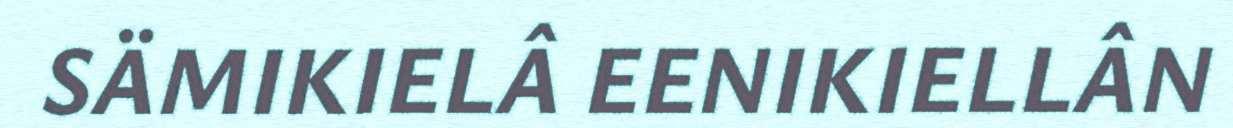
SÄMIKIELÂ EENIKIELLÂN